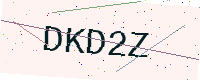
Text: DKD2Z